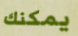
يمكنك